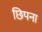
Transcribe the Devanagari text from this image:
छिपना